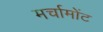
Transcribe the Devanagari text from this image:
मर्चामोंट